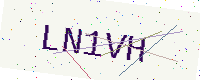
Text: LN1VH